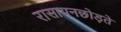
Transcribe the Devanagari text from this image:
रासायनछोड़ते